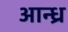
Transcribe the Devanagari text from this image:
आन्‍ध्र